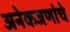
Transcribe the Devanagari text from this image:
अनेकजणांचे